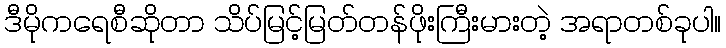
ဒီမိုကရေစီဆိုတာ သိပ်မြင့်မြတ်တန်ဖိုးကြီးမားတဲ့ အရာတစ်ခုပါ။